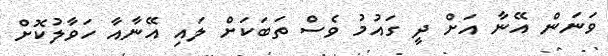
ވަނަން އޭނާ އަށް ދީ ގައުމު ވެސް ތަބަކަށް ލައި އޭނާއާ ހަވާލުކޮށް